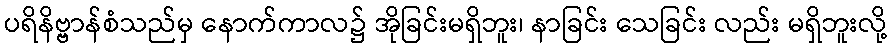
ပရိနိဗ္ဗာန်စံသည်မှ နောက်ကာလ၌ အိုခြင်းမရှိဘူး၊ နာခြင်း သေခြင်း လည်း မရှိဘူးလို့